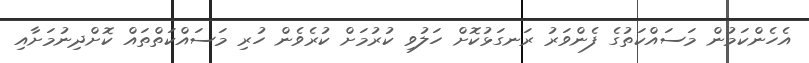
އެހެންކަމުން މަސައްކަތުގެ ފެންވަރު ރަނގަޅުކޮށް ހަލުވި ކުރުމަށް ކުރެވެން ހުރި މަސައްކަތްތައް ކޮށްދިނުމަށާއި